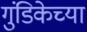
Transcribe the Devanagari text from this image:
गुंडिकेच्या